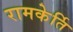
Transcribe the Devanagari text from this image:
रामकेर्ति